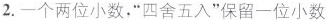
2.一个两位小数，“四舍五入”保留一位小数